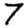
Digit: 7